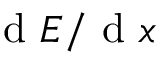
{ \mathrm { ~ d ~ } } E / { \mathrm { ~ d ~ } } x